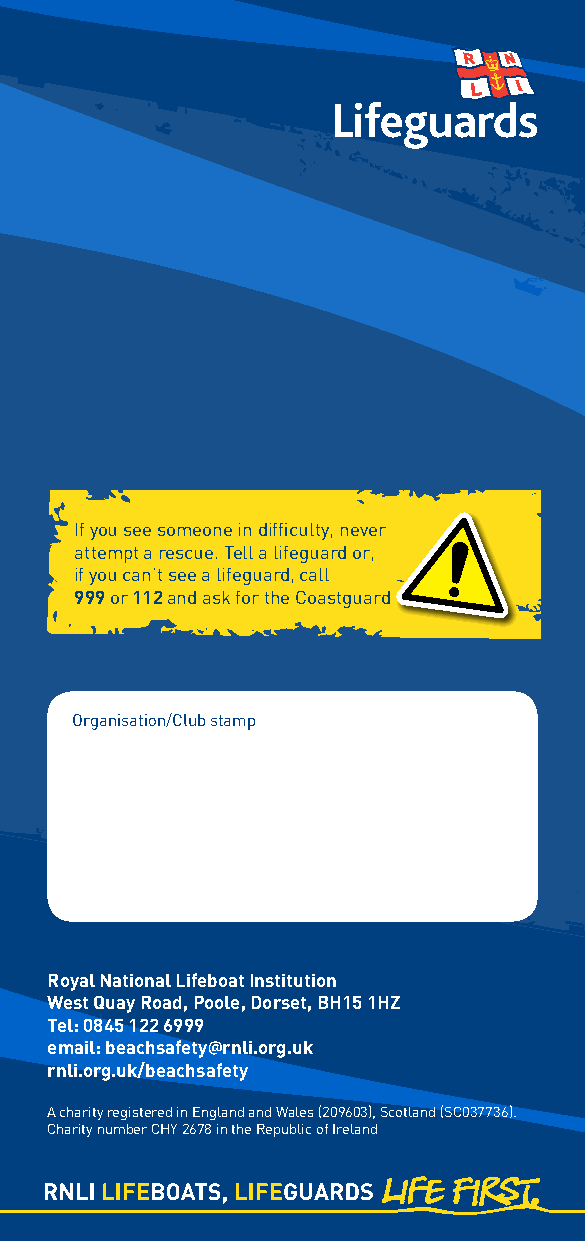
If you see someone in difficulty, never
 attempt a rescue. Tell a lifeguard or,
 if you can’t see a lifeguard, call
 999 or 112 and ask for the Coastguard
 Organisation/Club stamp
 Royal National Lifeboat Institution
 West Quay Road, poole, Dorset, BH15 1HZ
 Tel: 0845 122 6999
 email: beachsafety@rnli.org.uk
 rnli.org.uk/beachsafety
 A charity registered in England and Wales (209603), Scotland (SC037736).
 Charity number CHY 2678 in the Republic of Ireland